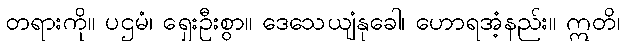
တရားကို။ ပဌမံ၊ ရှေးဦးစွာ။ ဒေသေယျံနုခေါ၊ ဟောရအံ့နည်း။ ဣတိ၊